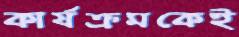
কার্যক্রমকেই